Jarvakandi_vallavalitsus, lk 70
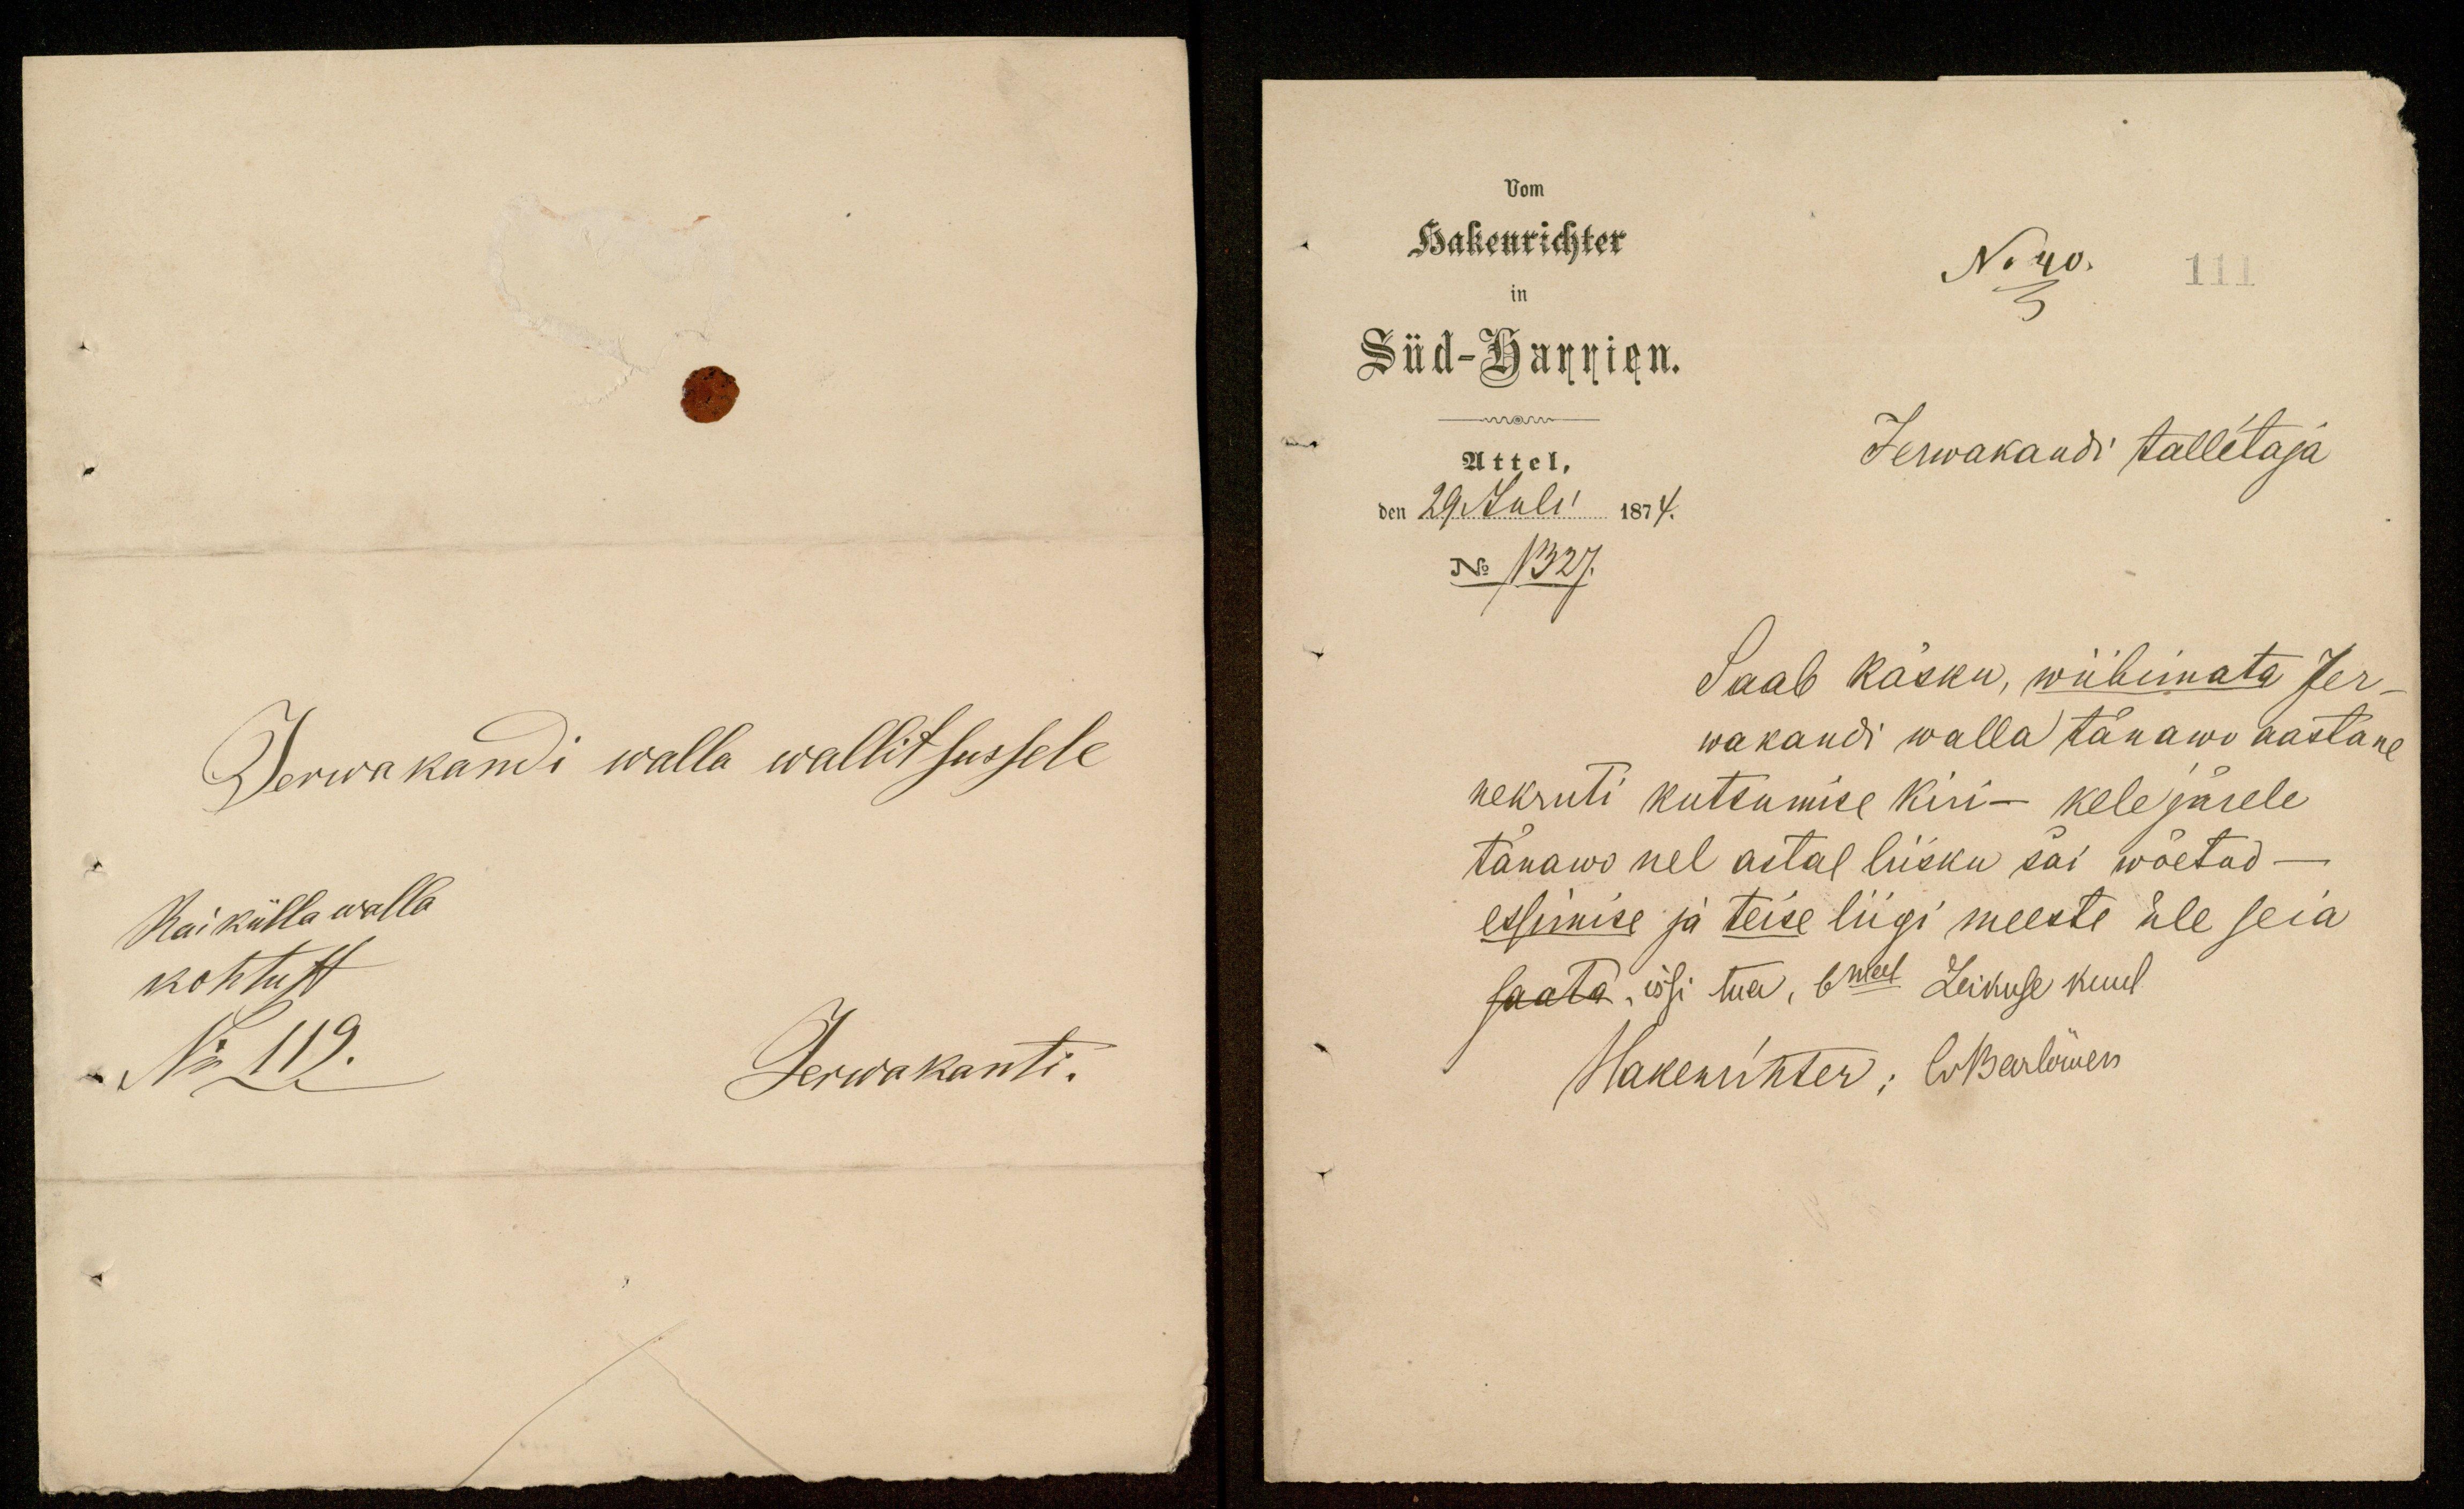
Jerwakandi walla wallitsussele
Rai külla walla
kohtust
No 119.
Jerwakanti.

Hakenrichter
No 40.
Süd-Harrien.
Attel,
Jerwakandi tallitaja
den 29 Juli 1874.
No 1327.
Saab käsku, wiibimata Jer-
wakandi walla tänawo aastane
nekruti kutsumise kiri- kele järele
tänawo uel astal liisku sai wõetud -
essimise ja teise liigi meeste üle seia
saata, issi tua, 6mal Leikuse kuul-
Hakenrihter; CrBarlöwen